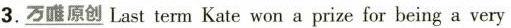
3. \underline{万唯原创} Last term Kate won a prize for being a very